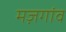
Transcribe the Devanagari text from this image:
मज़गांव